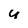
Character: U